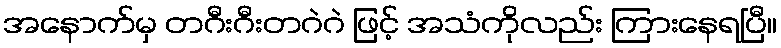
အနောက်မှ တဂီးဂီးတဂဲဂဲ ဖြင့် အသံကိုလည်း ကြားနေရပြီ။